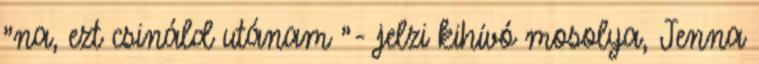
"na, ezt csináld utánam "- jelzi kihívó mosolya, Jenna